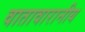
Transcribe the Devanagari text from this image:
वातावारानीय